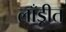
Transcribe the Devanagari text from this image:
लाँड्रीत